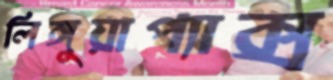
লিঙ্গুয়াপ্যাক্স